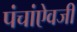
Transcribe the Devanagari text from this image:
पंचांऐवजी